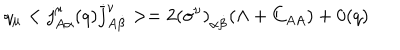
LaTeX: q _ { \mu } < j _ { A \alpha } ^ { \mu } ( q ) \bar { j } _ { A \dot { \beta } } ^ { \nu } > = 2 ( \sigma ^ { \nu } ) _ { \alpha \dot { \beta } } ( \Lambda + C _ { A A } ) + 0 ( q )